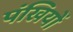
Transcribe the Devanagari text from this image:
पंखियों